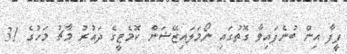
ފީފާ އިން ބުނެފައިވާ ގޮތުގައި ނޯމަލައިޒޭޝަން ކޮމެޓީގެ ދައުރު މާޗު މަހުގެ 31